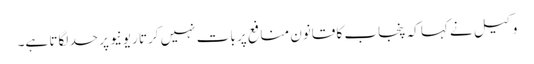
وکیل نے کہا کہ پنجاب کا قانون منافع پر بات نہیں کرتا ریونیو پر حد لگاتا ہے۔